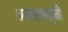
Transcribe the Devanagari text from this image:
अजरामरकृती